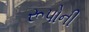
રૂપોની